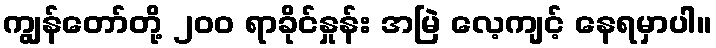
ကျွန်တော်တို့ ၂၀၀ ရာခိုင်နှုန်း အမြဲ လေ့ကျင့် နေရမှာပါ။